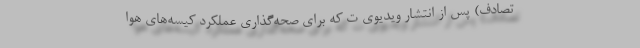
تصادف) پس از انتشار ویدیوی ت که برای صحه‌گذاری عملکرد کیسه‌های هوا